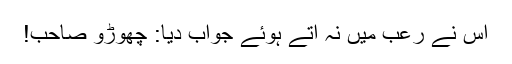
اس نے رعب میں نہ آتے ہوئے جواب دیا: چھوڑو صاحب!